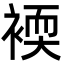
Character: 䙇